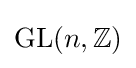
\operatorname {GL} (n,\mathbb {Z} )